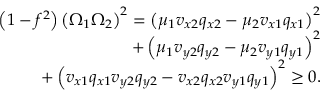
\begin{array} { r l r } & { } & { \left( 1 - f ^ { 2 } \right) \left( \Omega _ { 1 } \Omega _ { 2 } \right) ^ { 2 } = \left( \mu _ { 1 } v _ { x 2 } q _ { x 2 } - \mu _ { 2 } v _ { x 1 } q _ { x 1 } \right) ^ { 2 } } \\ & { } & { ~ ~ ~ ~ ~ + \left( \mu _ { 1 } v _ { y 2 } q _ { y 2 } - \mu _ { 2 } v _ { y 1 } q _ { y 1 } \right) ^ { 2 } } \\ & { } & { ~ ~ ~ ~ ~ + \left( v _ { x 1 } q _ { x 1 } v _ { y 2 } q _ { y 2 } - v _ { x 2 } q _ { x 2 } v _ { y 1 } q _ { y 1 } \right) ^ { 2 } \geq 0 . } \end{array}